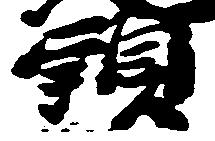
頭